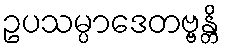
ဥပသမ္ပာဒေတဗ္ဗန္တိ